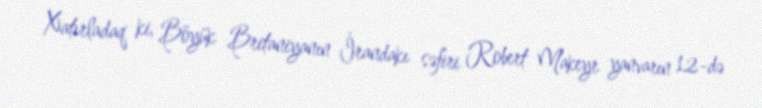
Xatırladaq ki, Böyük Britaniyanın İrandakı səfiri Robert Makeyr yanvarın 12-də